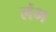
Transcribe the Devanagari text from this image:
लंभ